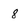
Character: 8